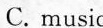
C. music